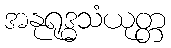
အနုရုဒ္ဓသံယုတ္တ